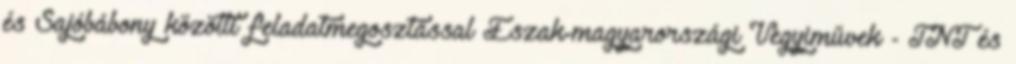
és Sajóbábony közötti feladatmegosztással Észak-magyarországi Vegyiművek - TNT és